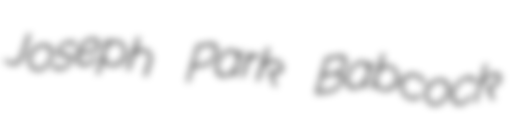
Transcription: Joseph Park Babcock